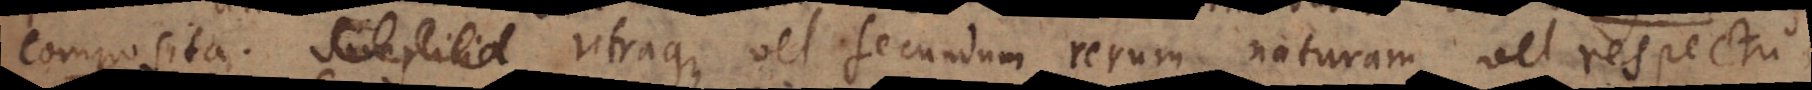
Simplicia Utraque vel secundum rerum naturam, vel respectu